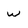
Character: w